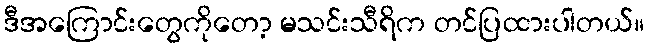
ဒီအကြောင်းတွေကိုတော့ မသင်းသီရိက တင်ပြထားပါတယ်။